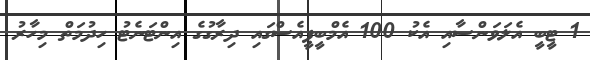
1 ޓީބީ އެލަވަންސާއި އެކު 100 އެމްބީޕީއެސްގައި ދިރާގުގެ އިންޓަނެޓު ހިދުމަތް މިހާރު